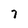
Character: 7